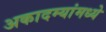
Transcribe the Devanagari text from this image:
अकादम्यांमध्ये